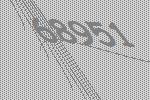
68951